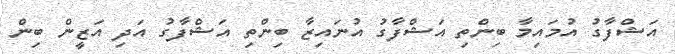
އަޝްފާގު އުމައިމާ ބިންތި އަޝްފާގު އުނައިޒާ ބިންތި އަޝްފާގު އަދި އަޒީން ބިން